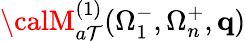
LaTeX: {\calM}_{a\mathcal{T}}^{(1)}(\Omega_{1}^{-},\Omega_{n}^{+},\mathbf{{q}})